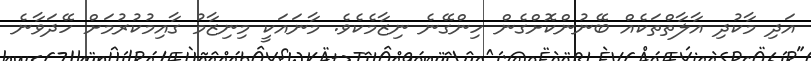
އަދި މާކުދި އާލާތްތަކެއް ބޭނުންކޮށްގެން ހިންގޭނެ ނިޒާމެކެވެ. މާނައަކީ މިނިޒާމު ގާއިމުކުރުމަށް ހޭދަވާނެ